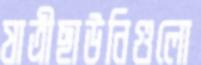
যাত্রীছাউনিগুলো